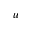
u